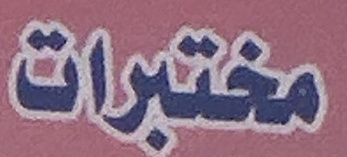
مختبرات